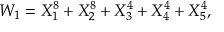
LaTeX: W _ { 1 } = X _ { 1 } ^ { 8 } + X _ { 2 } ^ { 8 } + X _ { 3 } ^ { 4 } + X _ { 4 } ^ { 4 } + X _ { 5 } ^ { 4 } ,